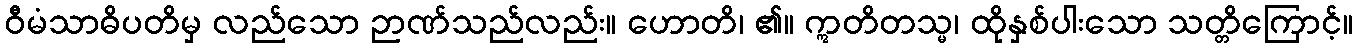
ဝီမံသာဓိပတိမှ လည်သော ဉာဏ်သည်လည်း။ ဟောတိ၊ ၏။ ဣတိတသ္မ၊ ထိုနှစ်ပါးသော သတ္တိကြောင့်။